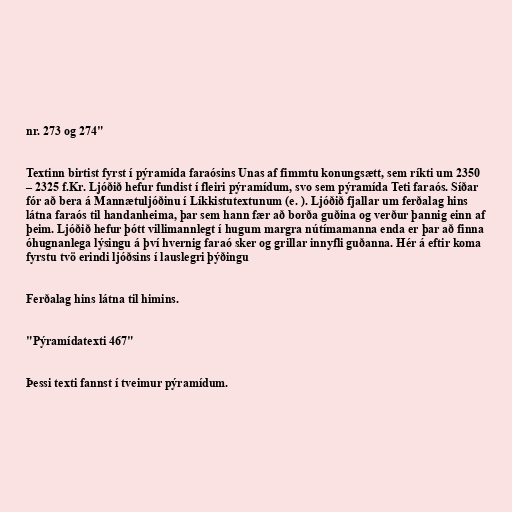
nr. 273 og 274"

Textinn birtist fyrst í pýramída faraósins Unas af fimmtu konungsætt, sem ríkti um 2350
– 2325 f.Kr. Ljóðið hefur fundist í fleiri pýramídum, svo sem pýramída Teti faraós. Síðar
fór að bera á Mannætuljóðinu í Líkkistutextunum (e. ). Ljóðið fjallar um ferðalag hins
látna faraós til handanheima, þar sem hann fær að borða guðina og verður þannig einn af
þeim. Ljóðið hefur þótt villimannlegt í hugum margra nútímamanna enda er þar að finna
óhugnanlega lýsingu á því hvernig faraó sker og grillar innyfli guðanna. Hér á eftir koma
fyrstu tvö erindi ljóðsins í lauslegri þýðingu

Ferðalag hins látna til himins.

"Pýramídatexti 467"

Þessi texti fannst í tveimur pýramídum.